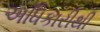
અધિકારીથી